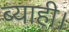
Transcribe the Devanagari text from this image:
ब्याही।